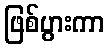
ဖြစ်ပွားကာ